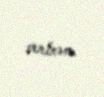
verirəm.